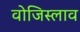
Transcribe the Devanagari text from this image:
वोजिस्लाव